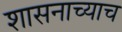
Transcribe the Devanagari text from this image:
शासनाच्याच